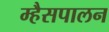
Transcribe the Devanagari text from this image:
म्हैसपालन